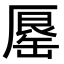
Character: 𠪟